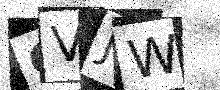
Text: GVJW